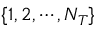
\{ 1 , 2 , \cdots , N _ { T } \}